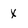
Character: X